Document type: Sale
Year: 1226
Scribe: Ramon d'Om
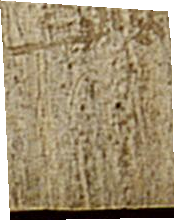
Sig